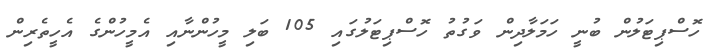
ހޮސްޕިޓަލުން ބުނީ ހަމަލާދިން ވަގުތު ހޮސްޕިޓަލުގައި 105 ބަލި މީހުންނާއި އެމީހުންގެ އެހީތެރިން